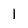
Character: 1